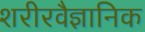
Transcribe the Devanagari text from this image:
शरीरवैज्ञानिक